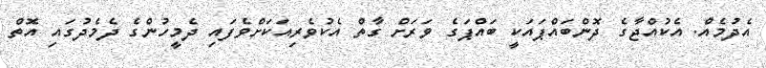
އެދުމެއް. އެކުއްޖާގެ ދޮންބައްޕައަކީ ބައްޕަގެ ވަރަށް ގާތް އެކުވެރިއަކަށްވެފައި ދެމީހުންގެ ދެމެދުގައި އޮތް